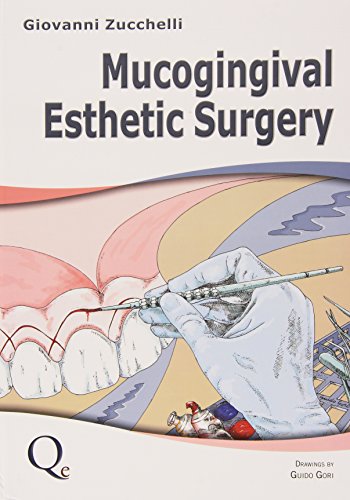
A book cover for Mucogingival Esthetic Surgery; Giovanni Zucchelli; Medical Books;